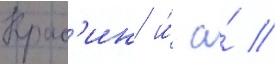
Крас'ин и́ а́ //